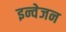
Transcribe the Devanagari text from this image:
इन्वेजन